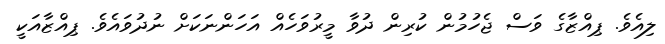
ލިއެވެ. ޕިއްޒާގެ ވަސް ޖެހުމުން ކުރިން ދުވާ މީރުވަހެއް އަހަންނަކަށް ނުދުވައެވެ. ޕިއްޒާއަކީ